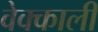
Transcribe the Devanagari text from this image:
वेक्काली